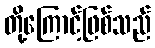
တို့ကြောင့်ဖြစ်သည်